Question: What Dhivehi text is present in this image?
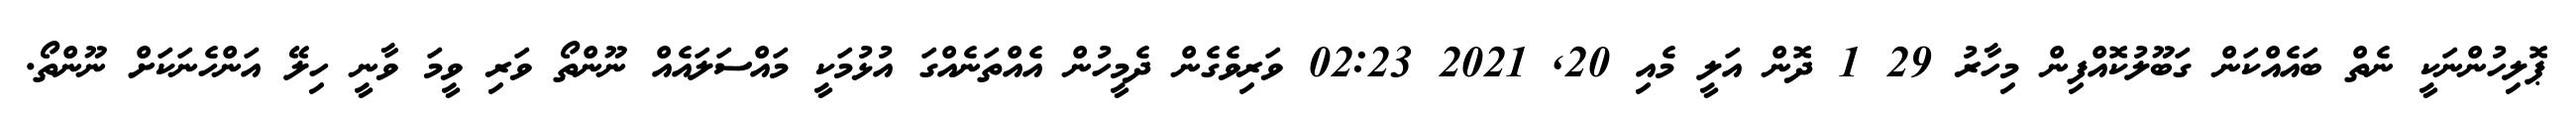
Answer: ޕޮލިހުންނަކީ ނެތް ބައެއްކަން ގަބޫލުކޮއްފިން މިހާރު 29 1 ދޮން އަލީ މެއި 20, 2021 02:23 ވަރިވެގެން ދެމީހުން އެއްތަނެއްގަ އުޅުމަކީ މައްސަލައެއް ނޫންތޯ ވަރި ވީމަ ވާނީ ހިލޭ އަންހެނަކަށް ނޫންތޯ.